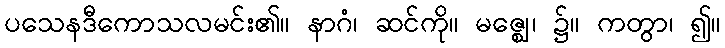
ပသေနဒီကောသလမင်း၏။ နာဂံ၊ ဆင်ကို။ မဇ္ဈေ၊ ၌။ ကတွာ၊ ၍။